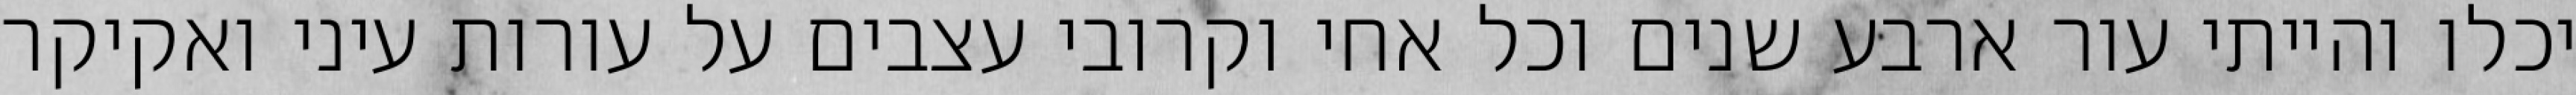
יכלו והייתי עור ארבע שנים וכל אחי וקרובי עצבים על עורות עיני ואקיקר